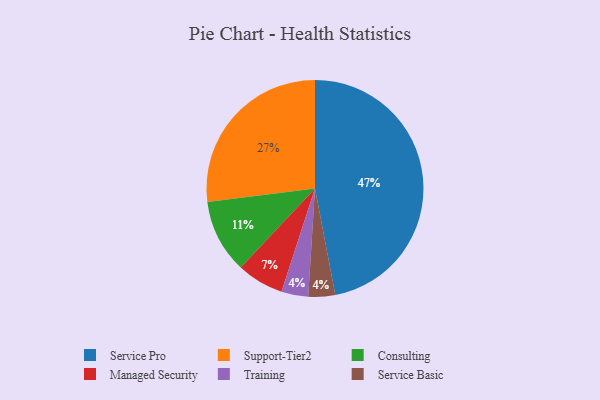
{"axis": {"x": "Category", "y": "Percentage"}, "legend": ["Consulting", "Managed Security", "Service Basic", "Service Pro", "Support-Tier2", "Training"], "data": [{"x": "Training", "y": 4, "type": "Training"}, {"x": "Support-Tier2", "y": 27, "type": "Support-Tier2"}, {"x": "Managed Security", "y": 7, "type": "Managed Security"}, {"x": "Consulting", "y": 11, "type": "Consulting"}, {"x": "Service Basic", "y": 4, "type": "Service Basic"}, {"x": "Service Pro", "y": 47, "type": "Service Pro"}]}